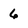
Character: 6